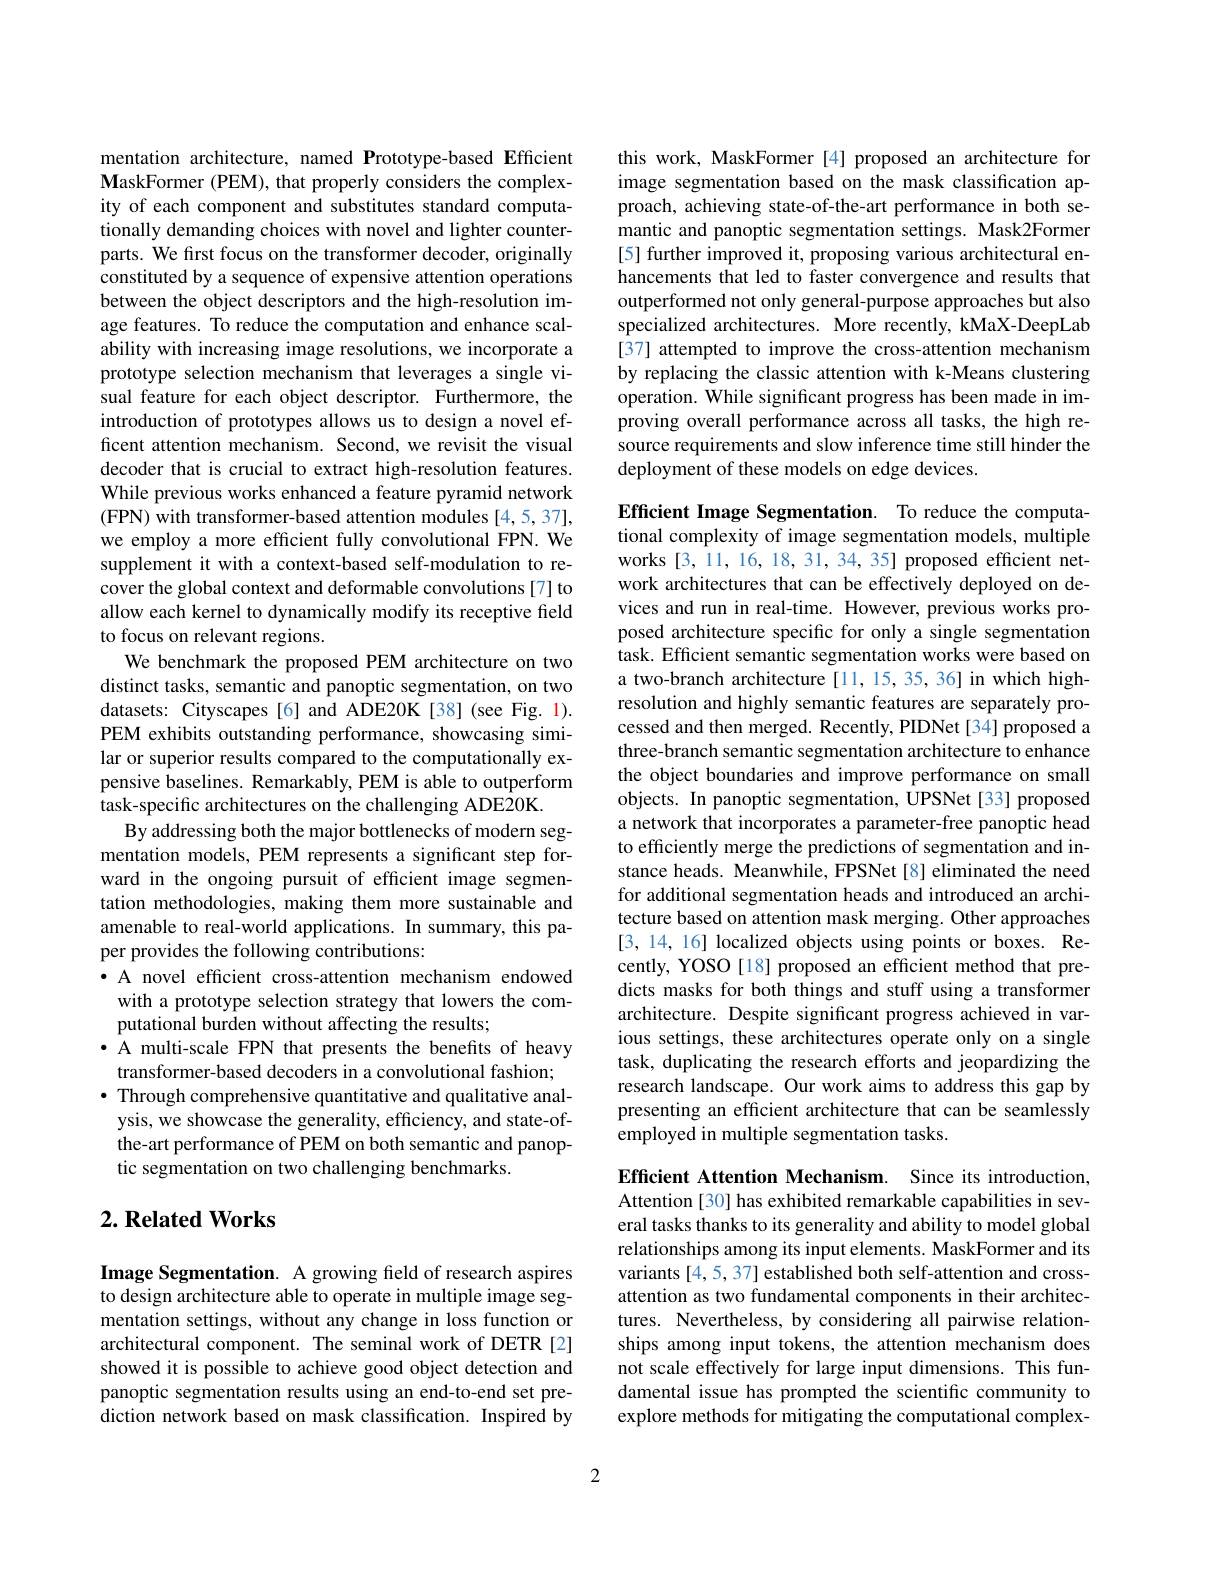
mentation architecture, named Prototype-based Efficient MaskFormer (PEM), that properly considers the complexity of each component and substitutes standard computationally demanding choices with novel and lighter counterparts. We first focus on the transformer decoder, originally constituted by a sequence of expensive attention operations between the object descriptors and the high-resolution image features. To reduce the computation and enhance scalability with increasing image resolutions, we incorporate a prototype selection mechanism that leverages a single visual feature for each object descriptor. Furthermore, the introduction of prototypes allows us to design a novel efficent attention mechanism. Second, we revisit the visual decoder that is crucial to extract high-resolution features. While previous works enhanced a feature pyramid network (FPN) with transformer-based attention modules [4,5,37], we employ a more efficient fully convolutional FPN. We supplement it with a context-based self-modulation to recover the global context and deformable convolutions [7] to allow each kernel to dynamically modify its receptive field to focus on relevant regions.
We benchmark the proposed PEM architecture on two distinct tasks, semantic and panoptic segmentation, on two datasets: Cityscapes[6] and ADE20K[38] (see Fig. 1). PEM exhibits outstanding performance, showcasing similar or superior results compared to the computationally expensive baselines. Remarkably, PEM is able to outperform task-specific architectures on the challenging ADE20K.
By addressing both the major bottlenecks of modern segmentation models, PEM represents a significant step forward in the ongoing pursuit of efficient image segmentation methodologies, making them more sustainable and amenable to real-world applications. In summary, this paper provides the following contributions:
·A novel efficient cross-attention mechanism endowed
with a prototype selection strategy that lowers the com-
putational burden without affecting the results;
· A multi-scale FPN that presents the benefits of heavy
transformer-based decoders in a convolutional fashion; · Through comprehensive quantitative and qualitative analysis, we showcase the generality, efficiency, and state-ofthe-art performance of PEM on both semantic and panoptic segmentation on two challenging benchmarks.

## $2. \textbf{Related Works}$

Image Segmentation. A growing field of research aspires to design architecture able to operate in multiple image segmentation settings, without any change in loss function or architectural component. The seminal work of DETR [2] showed it is possible to achieve good object detection and panoptic segmentation results using an end-to-end set prediction network based on mask classification. Inspired by

this work, MaskFormer [4] proposed an architecture for image segmentation based on the mask classification approach, achieving state-of-the-art performance in both semantic and panoptic segmentation settings. Mask2Former [5] further improved it, proposing various architectural enhancements that led to faster convergence and results that outperformed not only general-purpose approaches but also specialized architectures. More recently, kMaX-DeepLab [37] attempted to improve the cross-attention mechanism by replacing the classic attention with k-Means clustering operation. While significant progress has been made in improving overall performance across all tasks, the high resource requirements and slow inference time still hinder the deployment of these models on edge devices.

Efficient Image Segmentation. To reduce the computational complexity of image segmentation models, multiple works [3,11,16,18,31,34,35] proposed efficient network architectures that can be effectively deployed on devices and run in real-time. However, previous works proposed architecture specific for only a single segmentation task. Efficient semantic segmentation works were based on a two-branch architecture [11, 15, 35, 36] in which highresolution and highly semantic features are separately processed and then merged. Recently, PIDNet [34] proposed a three-branch semantic segmentation architecture to enhance the object boundaries and improve performance on small objects. In panoptic segmentation, UPSNet [33] proposed a network that incorporates a parameter-free panoptic head to efficiently merge the predictions of segmentation and instance heads. Meanwhile, FPSNet [8] eliminated the need for additional segmentation heads and introduced an architecture based on attention mask merging. Other approaches [3,14,16] localized objects using points or boxes. Recently, YOSO[18] proposed an efficient method that predicts masks for both things and stuff using a transformer architecture. Despite significant progress achieved in various settings, these architectures operate only on a single task, duplicating the research efforts and jeopardizing the research landscape. Our work aims to address this gap by presenting an efficient architecture that can be seamlessly employed in multiple segmentation tasks.

Efficient Attention Mechanism. Since its introduction, Attention [30] has exhibited remarkable capabilities in several tasks thanks to its generality and ability to model global relationships among its input elements. MaskFormer and its variants [4,5,37] established both self-attention and crossattention as two fundamental components in their architectures. Nevertheless, by considering all pairwise relationships among input tokens, the attention mechanism does not scale effectively for large input dimensions. This fundamental issue has prompted the scientific community to explore methods for mitigating the computational complex-

2